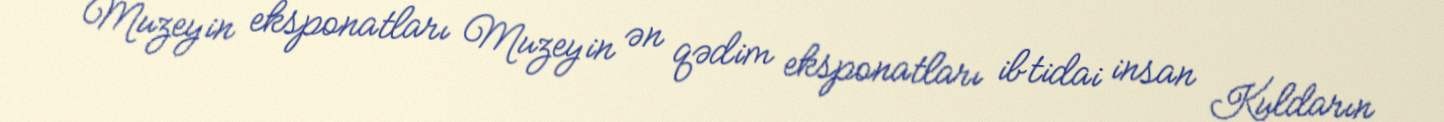
Muzeyin eksponatları Muzeyin ən qədim eksponatları ibtidai insan Kuldarın